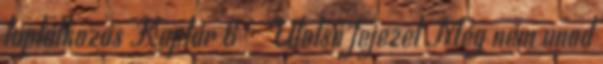
táplálkozás Kaptár 6 – Utolsó fejezet Még nem unod